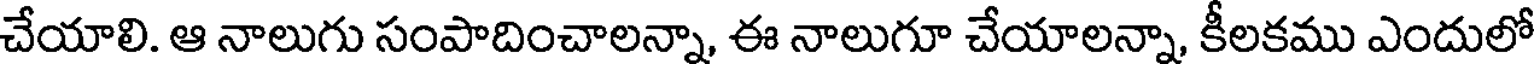
చేయాలి. ఆ నాలుగు సంపాదించాలన్నా, ఈ నాలుగూ చేయాలన్నా, కీలకము ఎందులో